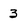
Character: 3